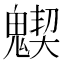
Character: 𩴅